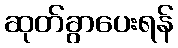
ဆုတ်ခွာပေးရန်